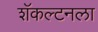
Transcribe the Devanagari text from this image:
शॅकल्टनला